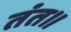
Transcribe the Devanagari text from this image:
तंत॥